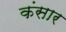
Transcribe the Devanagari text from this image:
कंसार